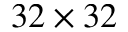
3 2 \times 3 2